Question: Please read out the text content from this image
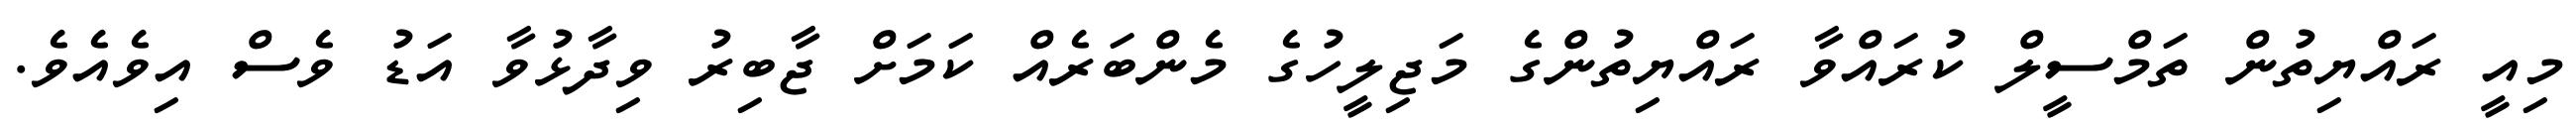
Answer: މިއީ ރައްޔިތުން ތަމްސީލް ކުރައްވާ ރައްޔިތުންގެ މަޖިލީހުގެ މެންބަރެއް ކަމަށް ޖާބިރު ވިދާޅުވާ އަޑު ވެސް އިވެއެވެ.